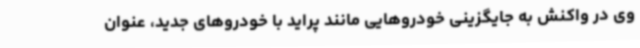
وی در واکنش به جایگزینی خودروهایی مانند پراید با خودروهای جدید، عنوان